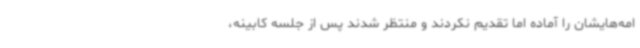
امه‌هایشان را آماده اما تقدیم نکردند و منتظر شدند پس از جلسه کابینه،